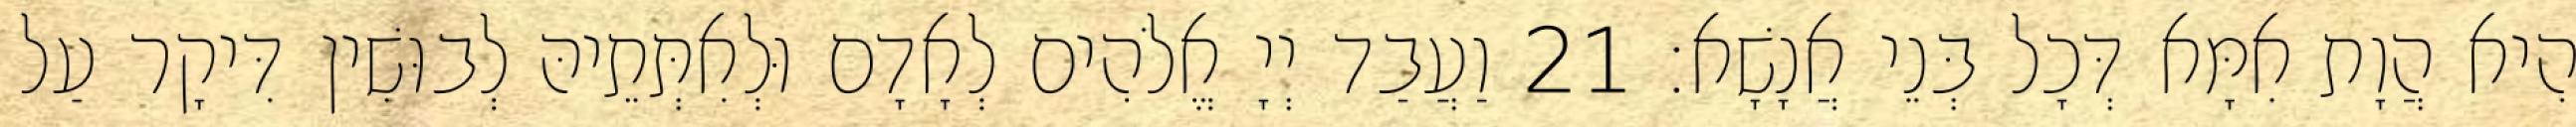
הִיא הֲוָת אִמָּא דְּכָל בְּנֵי אֲנָשָׁא׃ 21 וַעֲבַד יְיָ אֱלֹהִים לְאָדָם וּלְאִתְּתֵיהּ לְבוּשִׁין דִּיקָר עַל